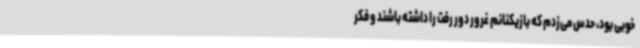
خوبی بود، حدس می‌زدم که بازیکنانم غرور دور رفت را داشته باشند و فکر